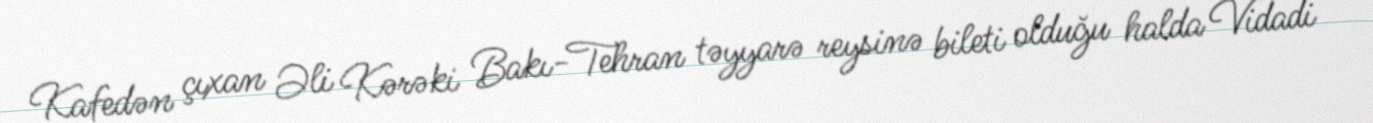
Kafedən çıxan Əli Kərəki Bakı-Tehran təyyarə reysinə bileti olduğu halda Vidadi